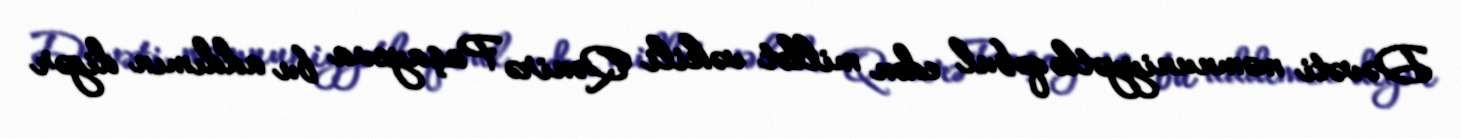
Dəvəti məmnuniyyətlə qəbul edən millət vəkili Qənirə Paşayeva bu addımın digər